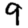
Digit: 9